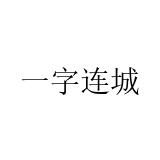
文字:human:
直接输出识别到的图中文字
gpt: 一字连城